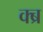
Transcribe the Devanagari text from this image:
क्ब्र